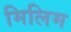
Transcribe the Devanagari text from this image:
मिलिम